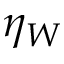
\eta _ { W }